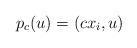
LaTeX: \begin{align*} p_c(u)=\left(c x_{i},u \right)\end{align*}